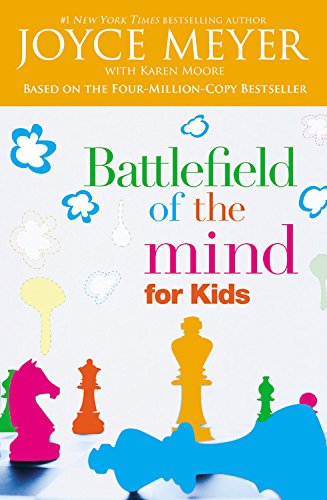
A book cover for Battlefield of the Mind for Kids; Joyce Meyer; Religion & Spirituality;